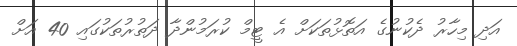
އަދި މިހާރު ދެކުނުގެ އަތޮޅުތަކަށް އެ ޓީމް ކުރަމުންދާ ދަތުރުތަކުގައި 40 އަށް